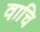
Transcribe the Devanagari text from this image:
वाचि